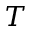
T